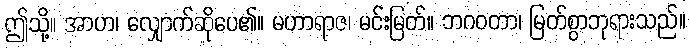
ဤသို့။ အာဟ၊ လျှောက်ဆိုပေ၏။ မဟာရာဇ၊ မင်းမြတ်။ ဘဂဝတာ၊ မြတ်စွာဘုရားသည်။